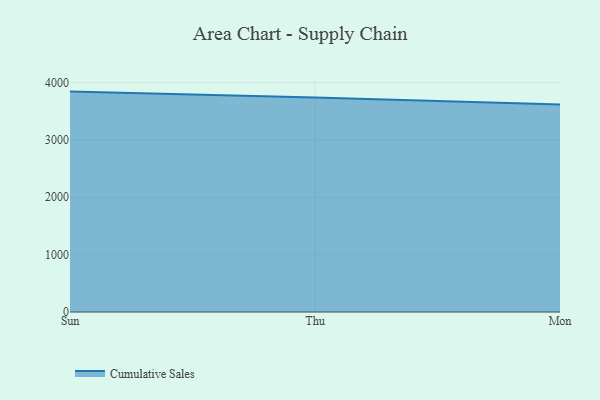
{"axis": {"x": "Day", "y": "LTV (USD)"}, "legend": ["Cumulative Sales"], "data": [{"x": "Sun", "y": 3841.4, "type": "Cumulative Sales"}, {"x": "Thu", "y": 3737.9, "type": "Cumulative Sales"}, {"x": "Mon", "y": 3617.8, "type": "Cumulative Sales"}]}